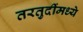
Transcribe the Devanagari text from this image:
तरतुदींमध्ये